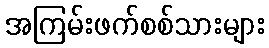
အကြမ်းဖက်စစ်သားများ